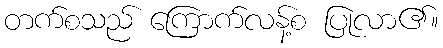
တက်စသည် ကြောက်လန့်စ ပြုလာ၏။